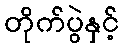
တိုက်ပွဲနှင့်